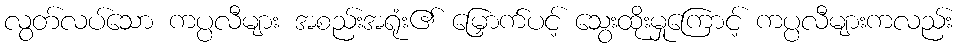
လွတ်လပ်သော ကပ္ပလီများ အစည်းအရုံး၏ မြှောက်ပင့် သွေးထိုးမှုကြောင့် ကပ္ပလီများကလည်း